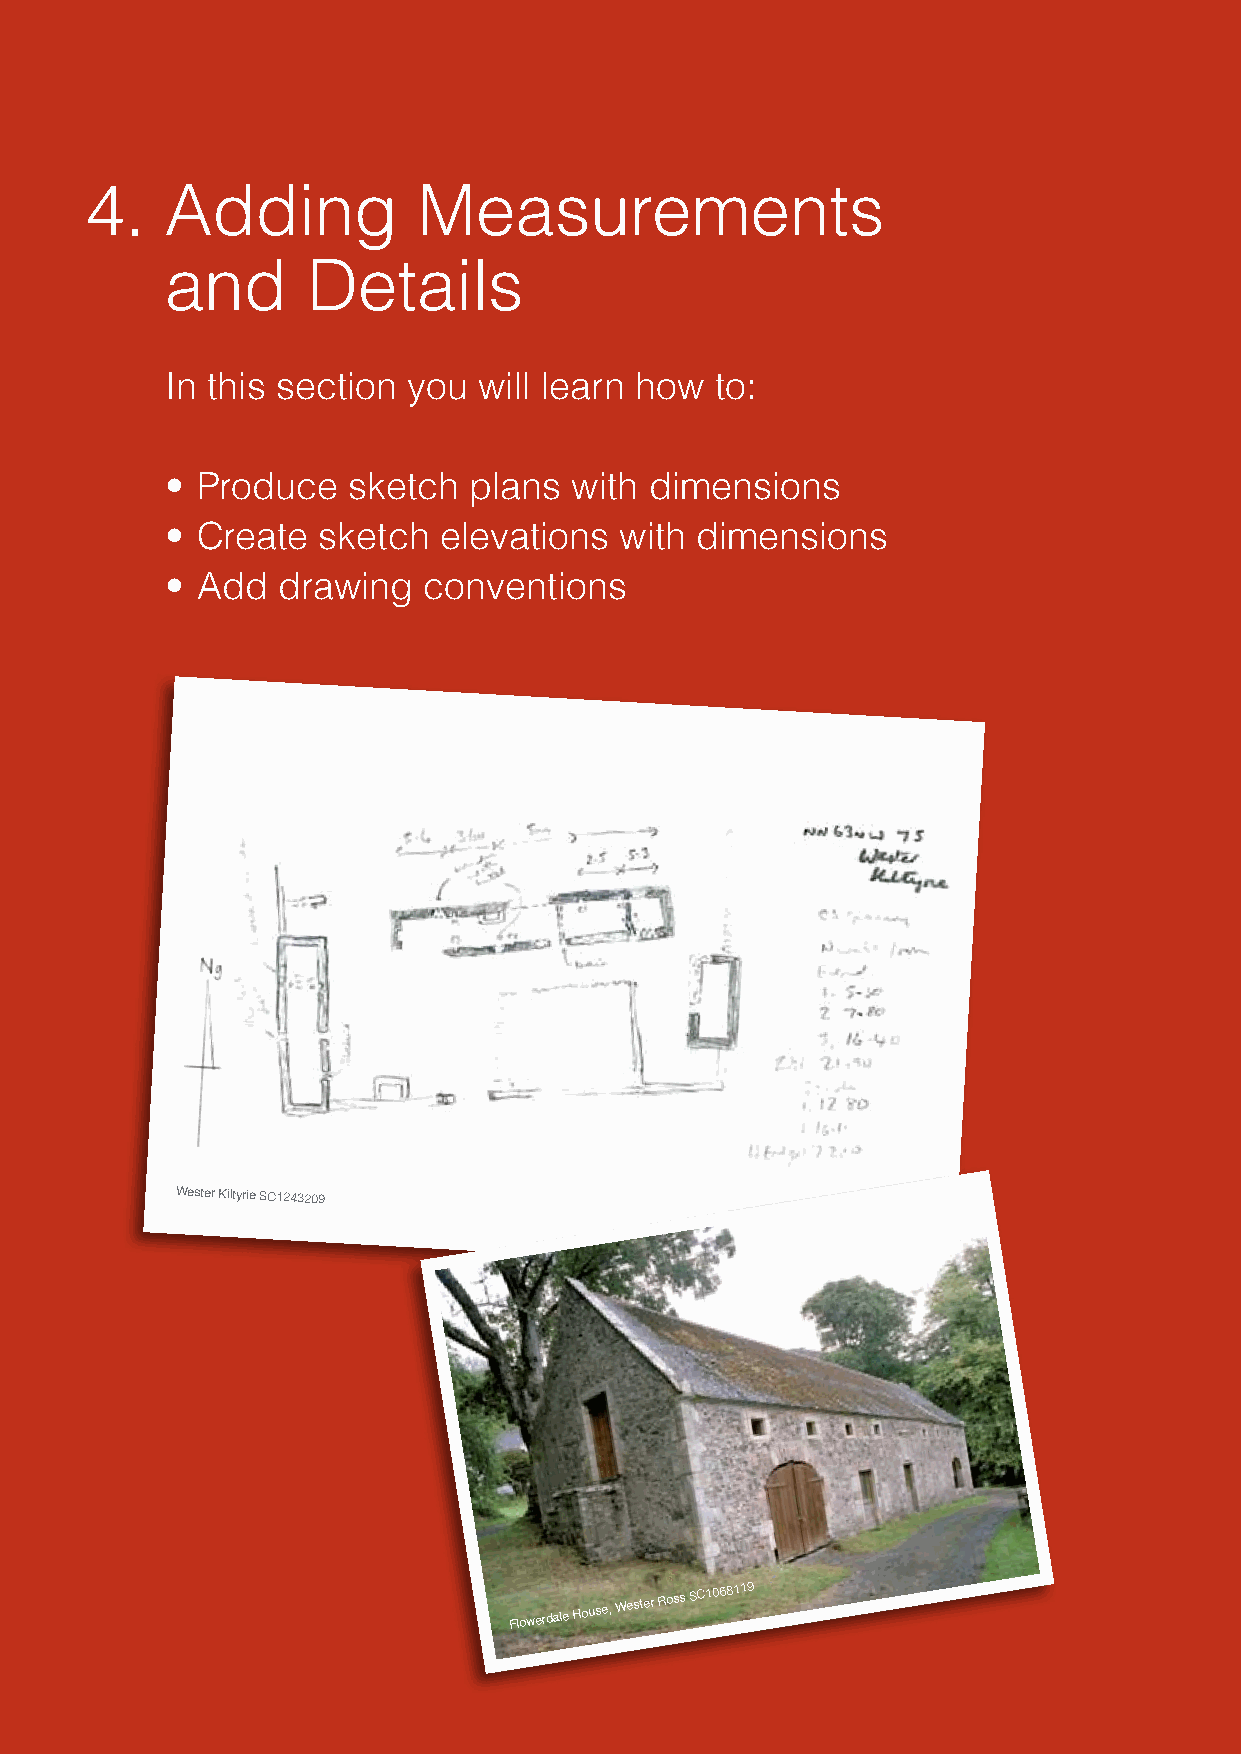
4.   Adding           Measurements
 and      Details
 In this section you  will learn how to:
 • Produce   sketch  plans  with dimensions
 Figure 4.2
 • Create  sketch  elevations  with dimensions
 • Add  drawing   conventions
 Wester Kiltyrie SC1243209
 F l o w e r d a l e H o u se,
 Wester Ross
 SC1068119